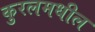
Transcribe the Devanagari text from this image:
कुरलमधील